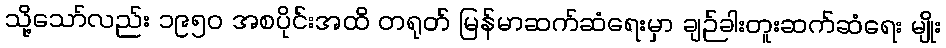
သို့သော်လည်း ၁၉၅၀ အစပိုင်းအထိ တရုတ် မြန်မာဆက်ဆံရေးမှာ ချဉ်ခါးတူးဆက်ဆံရေး မျိုး